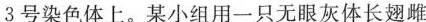
3号染色体上。某小组用一只无眼灰体长翅雌